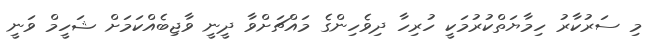
މި ސަރުކާރު ހިމާޔަތްކުރުމަކީ ހުރިހާ ދިވެހިންގެ މައްޗަށްވާ ދީނީ ވާޖިބެއްކަމަށް ޝަހީމް ވަނީ